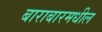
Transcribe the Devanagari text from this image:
बाराबारमधील